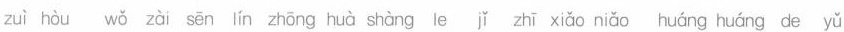
zuì hòu wǒ zài sēn lín zhōng huà shàng le jǐ zhī xiǎo niǎo huáng huàng de yǔ